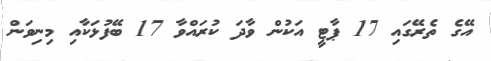
އޭގެ ތެރޭގައި 17 ޕާޓީ އަކުން ވާދަ ކުރައްވާ 17 ބޭފުޅަކާއި މިނިވަން